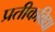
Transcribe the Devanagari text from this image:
प्रतीकविद्या